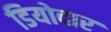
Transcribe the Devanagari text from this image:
डियोदार